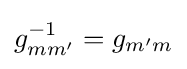
g_{mm'}^{-1}=g_{m'm}